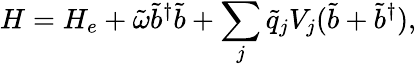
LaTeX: H=H_{e}+\tilde{\omega}\tilde{b}^{\dagger}\tilde{b}+\sum_{j}\tilde{q}_{j}V_{j}(\tilde{b}+\tilde{b}^{\dagger}),